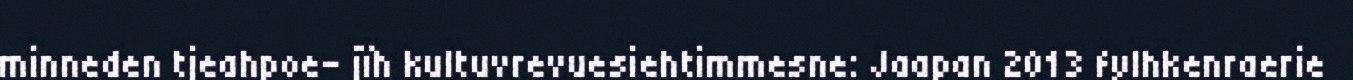
minneden tjeahpoe- jïh kultuvrevuesiehtimmesne: Jaapan 2013 fylhkenraerie